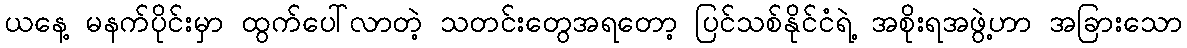
ယနေ့ မနက်ပိုင်းမှာ ထွက်ပေါ်လာတဲ့ သတင်းတွေအရတော့ ပြင်သစ်နိုင်ငံရဲ့ အစိုးရအဖွဲ့ဟာ အခြားသော